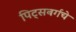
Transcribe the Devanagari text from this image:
पिट्सबर्गचे